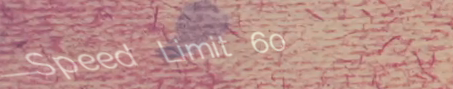
Speed Limit 60